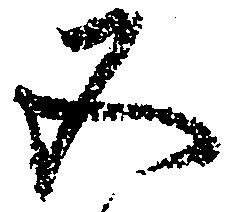
五